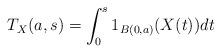
LaTeX: \begin{align*}T_X(a,s)=\int_0^s 1_{B(0,a)}(X(t))dt\end{align*}